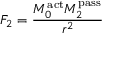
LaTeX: F _ { 2 } = { \frac { M _ { 0 } ^ { \mathrm { a c t } } M _ { 2 } ^ { \mathrm { p a s s } } } { r ^ { 2 } } }